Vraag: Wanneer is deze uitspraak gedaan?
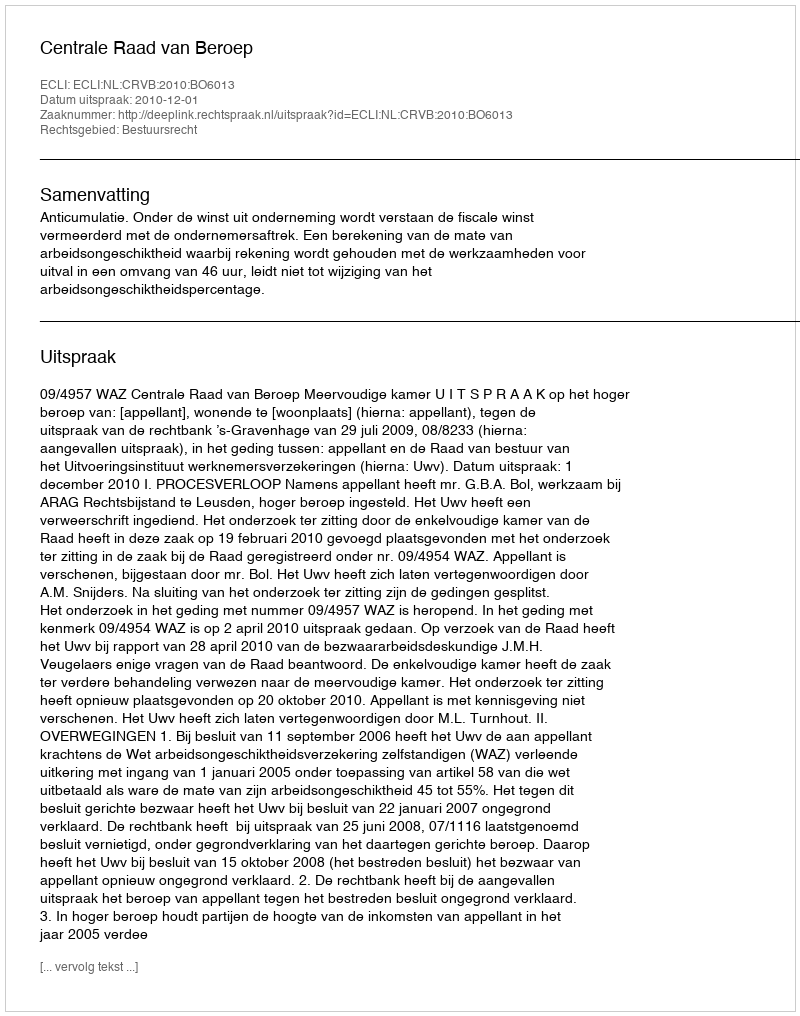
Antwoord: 2010-12-01